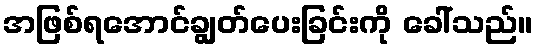
အဖြစ်ရအောင်ချွတ်ပေးခြင်းကို ခေါ်သည်။